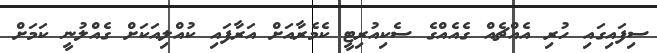
ސިފައިގައި ހުރި އެއްޗެއް ގެއެއްގެ ސެކިއުރިޓީ ކެމެރާއަށް އަރާފައި ކުއްލިއަކަށް ގެއްލުނީ ކަމަށް